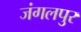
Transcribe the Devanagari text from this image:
जंगलपुर